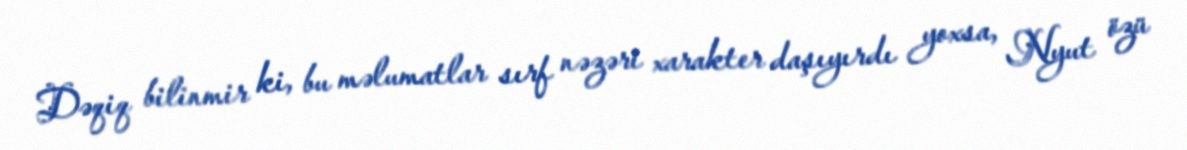
Dəqiq bilinmir ki, bu məlumatlar sırf nəzəri xarakter daşıyırdı yoxsa, Nyut özü